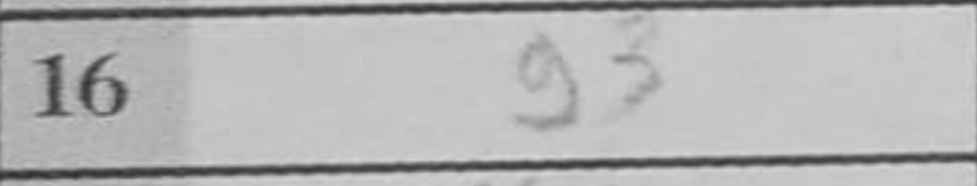
Transcription: g3